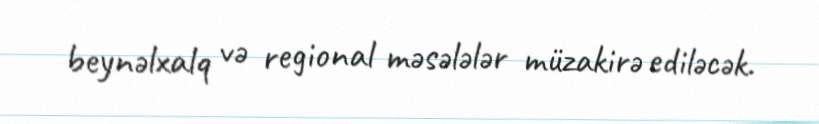
beynəlxalq və regional məsələlər müzakirə ediləcək.